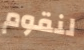
لنقوم